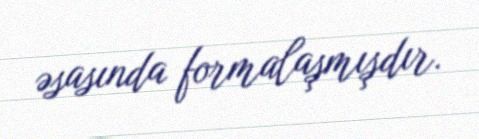
əsasında formalaşmışdır.